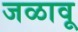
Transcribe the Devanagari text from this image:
जळावू